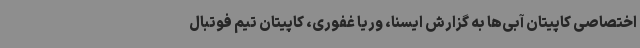
اختصاصی کاپیتان‌ آبی‌ها به گزارش ایسنا، وریا غفوری، کاپیتان تیم فوتبال